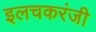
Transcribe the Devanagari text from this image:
इलचकरंजी